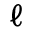
\ell